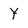
Character: Y